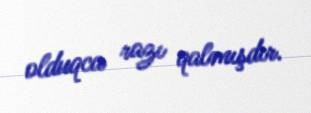
olduqca razı qalmışdır.